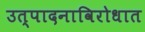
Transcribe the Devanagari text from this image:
उत्पादनाविरोधात